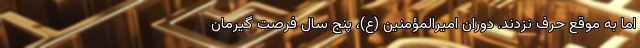
اما به موقع حرف نزدند. دوران امیرالمؤمنین (ع)، پنج سال فرصت گیرمان